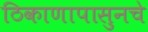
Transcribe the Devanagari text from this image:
ठिकाणापासुनचे